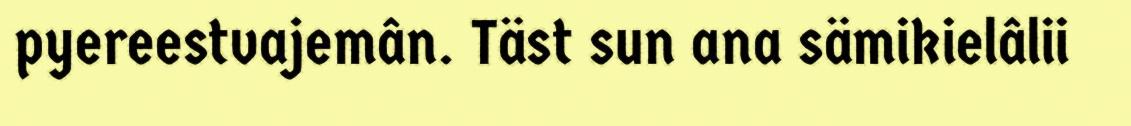
pyereestvajemân. Täst sun ana sämikielâlii